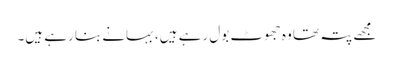
مجھے پتہ تھا وہ جھوٹ بول رہے ہیں، بہانے بنا رہے ہیں۔